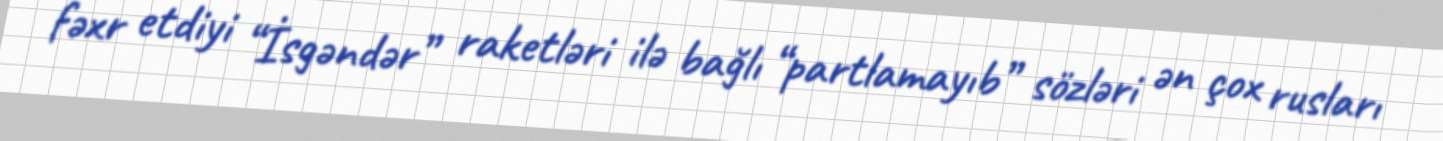
fəxr etdiyi “İsgəndər” raketləri ilə bağlı “partlamayıb” sözləri ən çox rusları